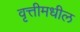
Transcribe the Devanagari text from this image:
वृत्तीमधील